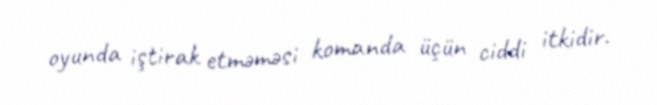
oyunda iştirak etməməsi komanda üçün ciddi itkidir.